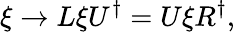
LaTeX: \xi\rightarrow L\xi U^{\dagger}=U\xi R^{\dagger},